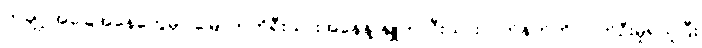
တချို့ အခြေအနေတွေမှာ မြောက်ကိုရီးယားအနေနဲ့ နျူကလီးယားလက်နက်ကို လက်ဦးမှုရယူပြီး